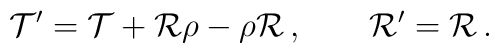
{\cal T}'={\cal T}+{\cal R}\rho-\rho {\cal R}\, ,\qquad {\cal R}'={\cal R}\, .